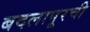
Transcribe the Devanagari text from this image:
बदलापूरची